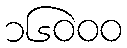
၁၆၀၀၀